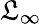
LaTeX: \mathfrak{L}_{\infty}